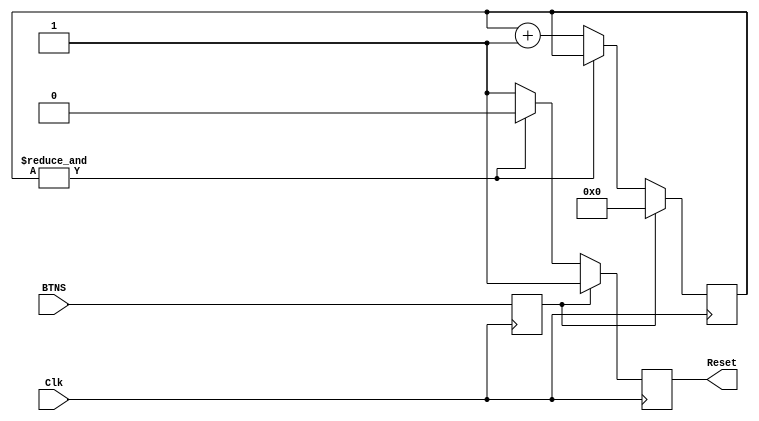
module Delay_Reset(
    input Clk, // Input clock signal
    input BTNS, // Input reset signal (external button)
    output reg Reset // Output reset signal (delayed)
);

//------------------------------------------------------------------------------
reg LocalReset; 
reg [22:0] Count = 0;
// Assume Count is null on FPGA configuration

//------------------------------------------------------------------------------
always @(posedge Clk) 
begin
    // Activates every clock edge
    LocalReset <= BTNS;
    // Localise the reset signal
    if(LocalReset) 
        begin
        // Reset block
        Count <= 0;
        // Reset Count to 0
        Reset <= 1'b1;
        // Reset the output to 1
    end 
    else if(&Count) 
    begin
    // When Count is all ones...
        Reset <= 1'b0;
        // Release the output signal
        // Count remains unchanged
        // And do nothing else
    end else 
    begin
        // Otherwise...
        Reset <= 1'b1;
        // Make sure the output signal is high
        Count <= Count + 1'b1;
        // And increment Count
    end
end
endmodule